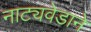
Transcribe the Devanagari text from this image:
नाट्यवेडाने